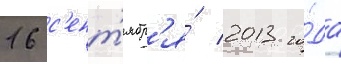
16 с'ент'ябр'я́ 2013 го́да